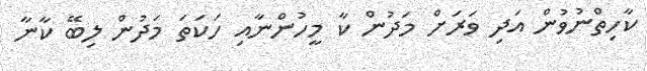
ކާހިތްނުވުން އަދި ވަރަށް މަދުން ކާ މީހުންނާއި ހަކަތަ މަދުން ލިބޭ ކާނާ